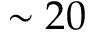
\sim 2 0